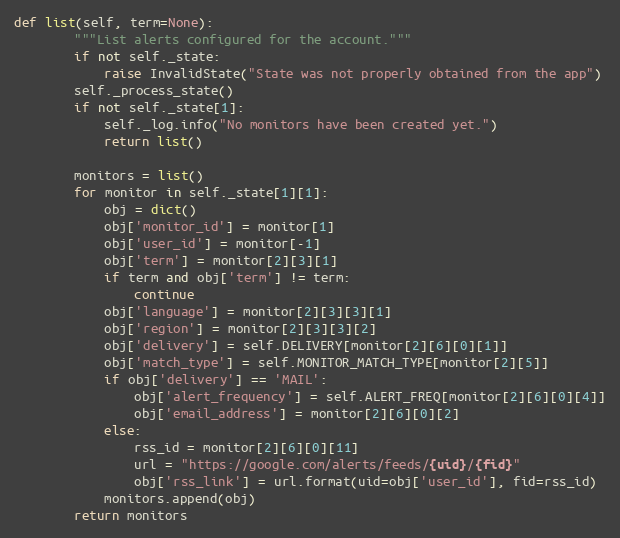
Language: Python
def list(self, term=None):
        """List alerts configured for the account."""
        if not self._state:
            raise InvalidState("State was not properly obtained from the app")
        self._process_state()
        if not self._state[1]:
            self._log.info("No monitors have been created yet.")
            return list()

        monitors = list()
        for monitor in self._state[1][1]:
            obj = dict()
            obj['monitor_id'] = monitor[1]
            obj['user_id'] = monitor[-1]
            obj['term'] = monitor[2][3][1]
            if term and obj['term'] != term:
                continue
            obj['language'] = monitor[2][3][3][1]
            obj['region'] = monitor[2][3][3][2]
            obj['delivery'] = self.DELIVERY[monitor[2][6][0][1]]
            obj['match_type'] = self.MONITOR_MATCH_TYPE[monitor[2][5]]
            if obj['delivery'] == 'MAIL':
                obj['alert_frequency'] = self.ALERT_FREQ[monitor[2][6][0][4]]
                obj['email_address'] = monitor[2][6][0][2]
            else:
                rss_id = monitor[2][6][0][11]
                url = "https://google.com/alerts/feeds/{uid}/{fid}"
                obj['rss_link'] = url.format(uid=obj['user_id'], fid=rss_id)
            monitors.append(obj)
        return monitors